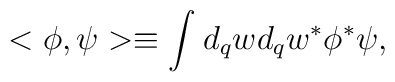
<\phi,\psi>\equiv \int_{}^{}d_{q}w  d_{q}w^{\ast} \phi^{\ast}\psi ,